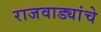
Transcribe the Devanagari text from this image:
राजवाड्यांचे